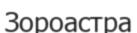
Зороастра